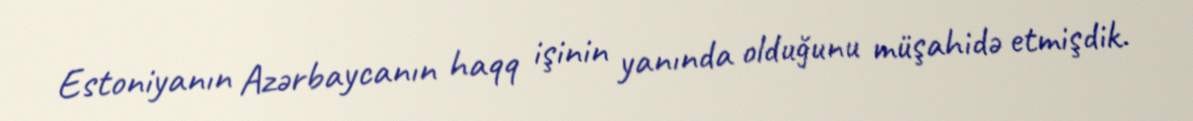
Estoniyanın Azərbaycanın haqq işinin yanında olduğunu müşahidə etmişdik.